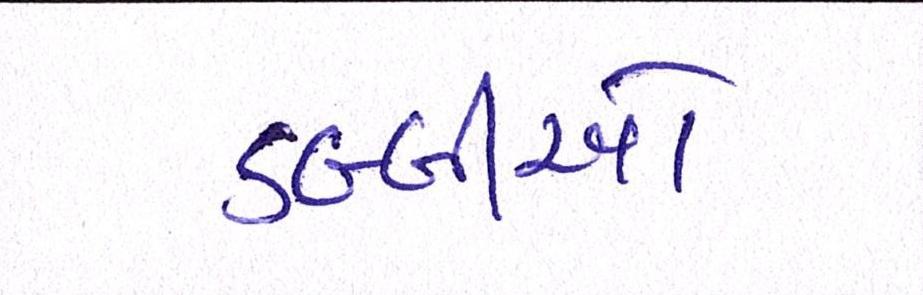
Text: ડબ્બીઓ